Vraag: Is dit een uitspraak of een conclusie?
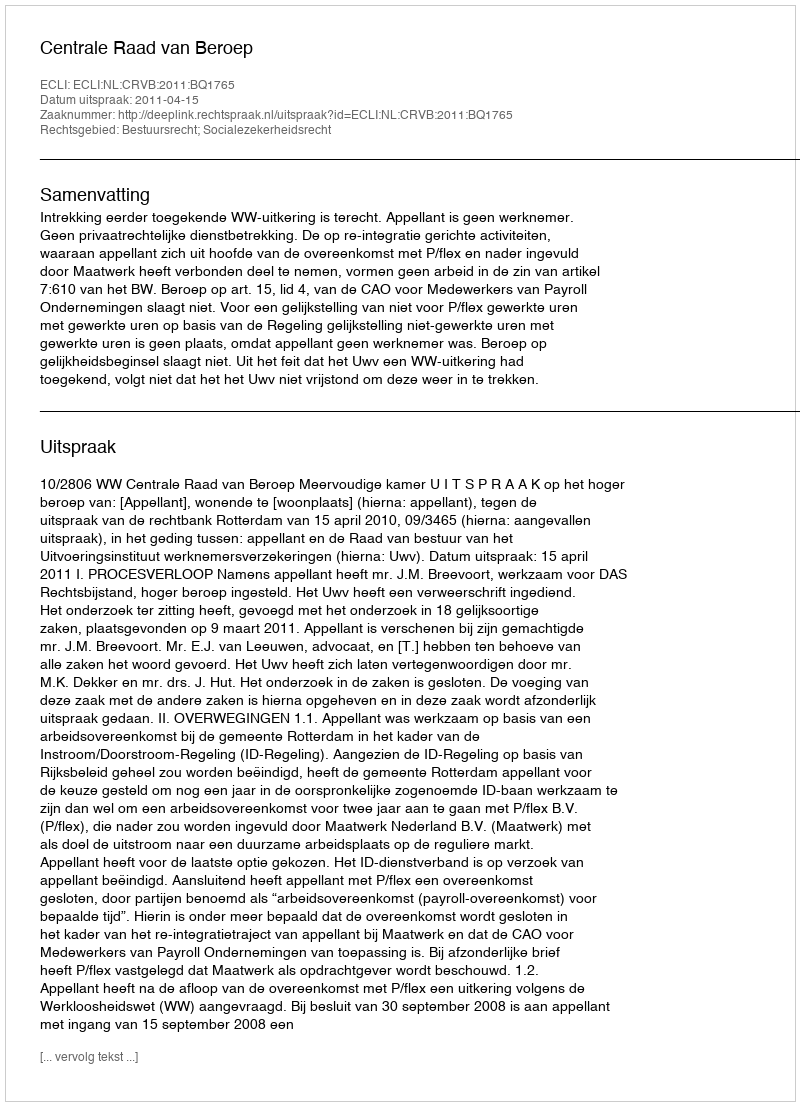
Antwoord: Uitspraak